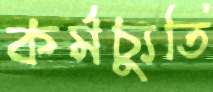
কর্মচ্যুতি